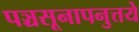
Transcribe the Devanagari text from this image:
पञ्चसूनापनुत्तये